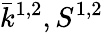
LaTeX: \bar{k}^{1,2},S^{1,2}